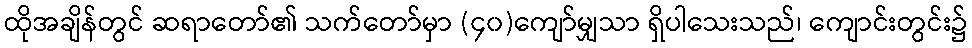
ထိုအချိန်တွင် ဆရာတော်၏ သက်တော်မှာ (၄၀)ကျော်မျှသာ ရှိပါသေးသည်၊ ကျောင်းတွင်း၌